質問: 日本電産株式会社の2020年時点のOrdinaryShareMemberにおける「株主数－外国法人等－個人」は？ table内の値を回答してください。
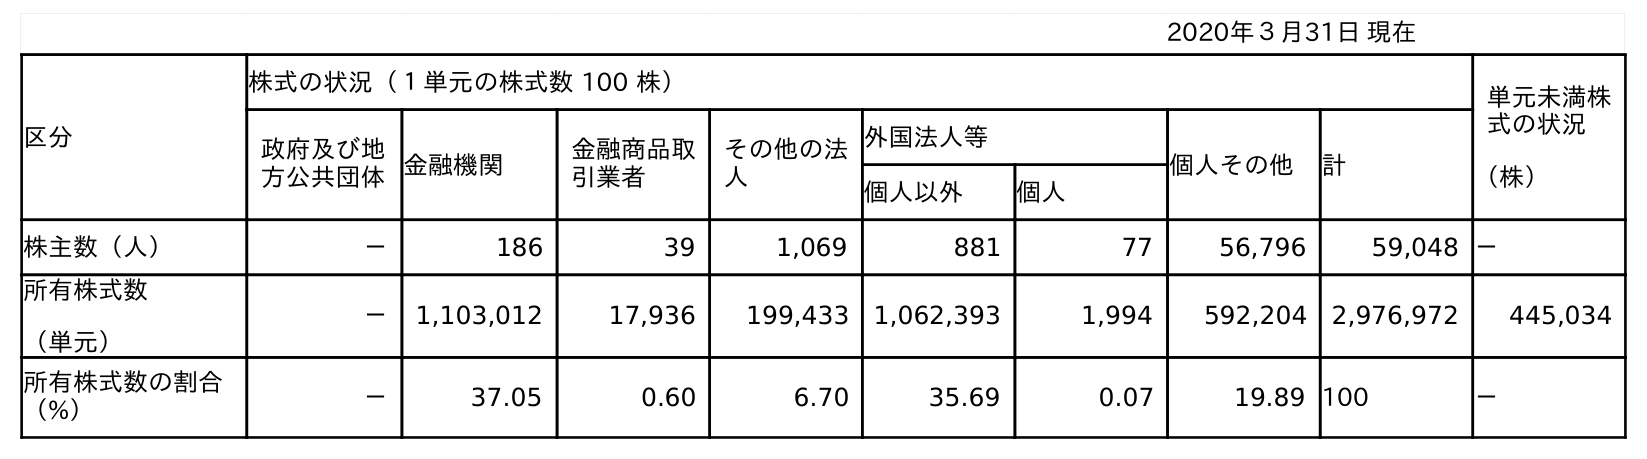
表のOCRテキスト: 2020年３月31日 現在 区分 株式の状況（１単元の株式数 100 株） 単元未満株 式の状況 （株） 政府及び地 方公共団体金融機関 金融商品取 引業者 その他の法 人 外国法人等 個人その他 計 個人以外 個人 株主数（人） － 186 39 1,069 881 77 56,796 59,048 － 所有株式数 （単元） － 1,103,012 17,936 199,433 1,062,393 1,994 592,204 2,976,972 445,034 所有株式数の割合 （%） － 37.05 0.60 6.70 35.69 0.07 19.89 100 －
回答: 77